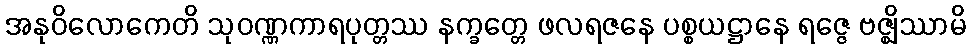
အနုဝိလောကေတိ သုဝဏ္ဏကာရပုတ္တဿ နက္ခတ္တေ ဖလရဇနေ ပစ္စယဋ္ဌာနေ ရဇ္ဇေ ဗဇ္ဈိဿာမိ